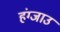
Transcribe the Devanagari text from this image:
हंग्जाउ